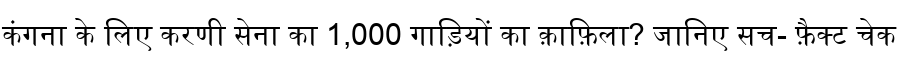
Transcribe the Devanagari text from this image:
कंगना के लिए करणी सेना का 1,000 गाड़ियों का क़ाफ़िला? जानिए सच- फ़ैक्ट चेक